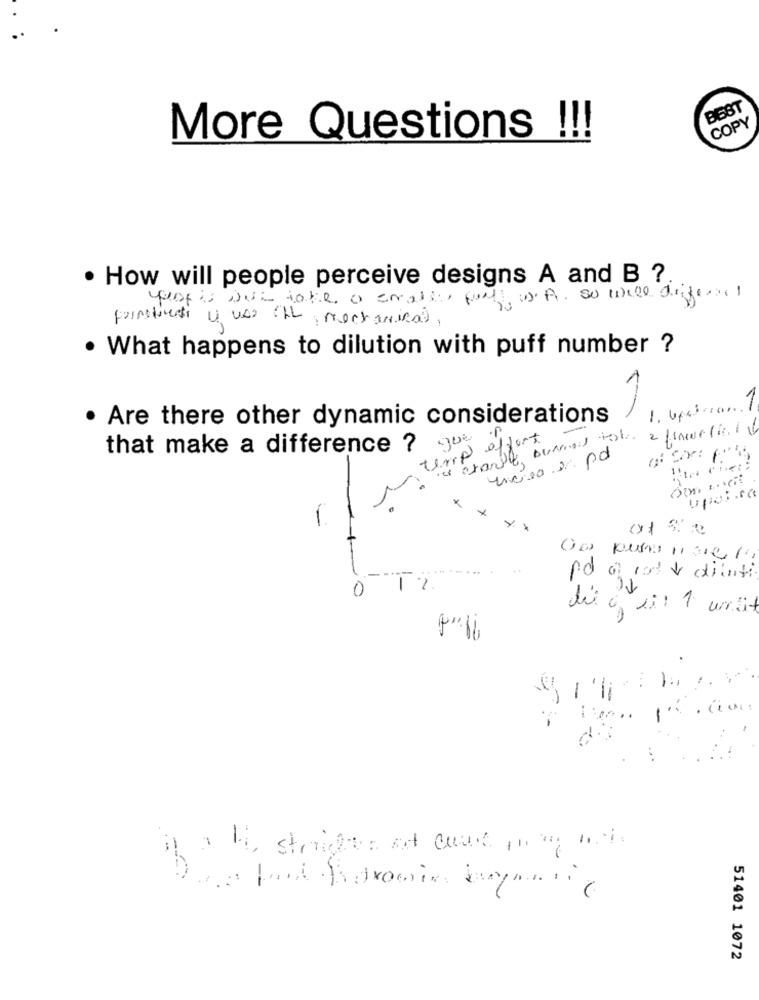
BEST
COPY
More Questions
!!!
· How will people perceive designs A and B ?
yoof it will take a smallis fully u. A. so while different
· What happens to dilution with puff number ?
Are there other dynamic considerations
-
2 fine lic 1 6
charly Duama tol
affort
that make a difference ? go
Enciea 2 pd
Upoica
1
xx
pd of cod & dienti
0 12
de à li: 1 unit
a aby stricts of out ,na och
51401 1072